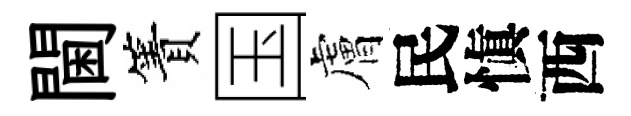
閫簀国膚民愼西